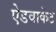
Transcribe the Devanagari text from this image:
ऐडवाकेट